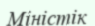
Міністік